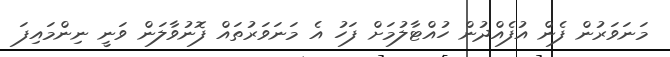
މަނަވަރުން ފެން އުފެއްދުން ހުއްޓާލުމަށް ފަހު އެ މަނަވަރުތައް ފޮނުވާލަން ވަނީ ނިންމައިފަ